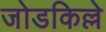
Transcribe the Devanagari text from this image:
जोडकिल्ले